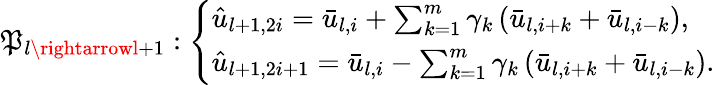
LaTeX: \mathfrak{P}_{l\rightarrowl+1}:\left\{ \begin{array}{l}{\hat{u}_{l+1,2i}=\bar{u}_{l,i}+\sum_{k=1}^{m}\gamma_{k}\left(\bar{u}_{l,i+k}+\bar{u}_{l,i-k}\right),}\\ {\hat{u}_{l+1,2i+1}=\bar{u}_{l,i}-\sum_{k=1}^{m}\gamma_{k}\left(\bar{u}_{l,i+k}+\bar{u}_{l,i-k}\right).}\end{array}\right.